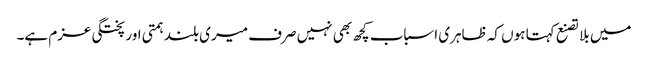
میں بلا تصنع کہتا ہوں کہ ظاہری اسباب کچھ بھی نہیں صرف میری بلند ہمتی اور پختگی عزم ہے۔